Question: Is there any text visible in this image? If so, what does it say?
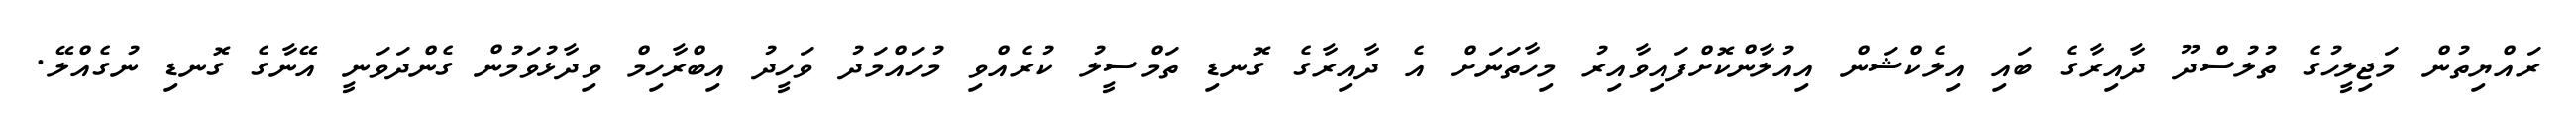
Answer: ރައްޔިތުން މަޖިލީހުގެ ތުލުސްދޫ ދާއިރާގެ ބައި އިލެކްޝަން އިއުލާންކޮށްފައިވާއިރު މިހާތަނަށް އެ ދާއިރާގެ ގޮނޑި ތަމްސީލު ކުރެއްވި މުހައްމަދު ވަހީދު އިބްރާހިމް ވިދާޅުވަމުން ގެންދަވަނީ އޭނާގެ ގޮނޑި ނުގެއްލޭ.